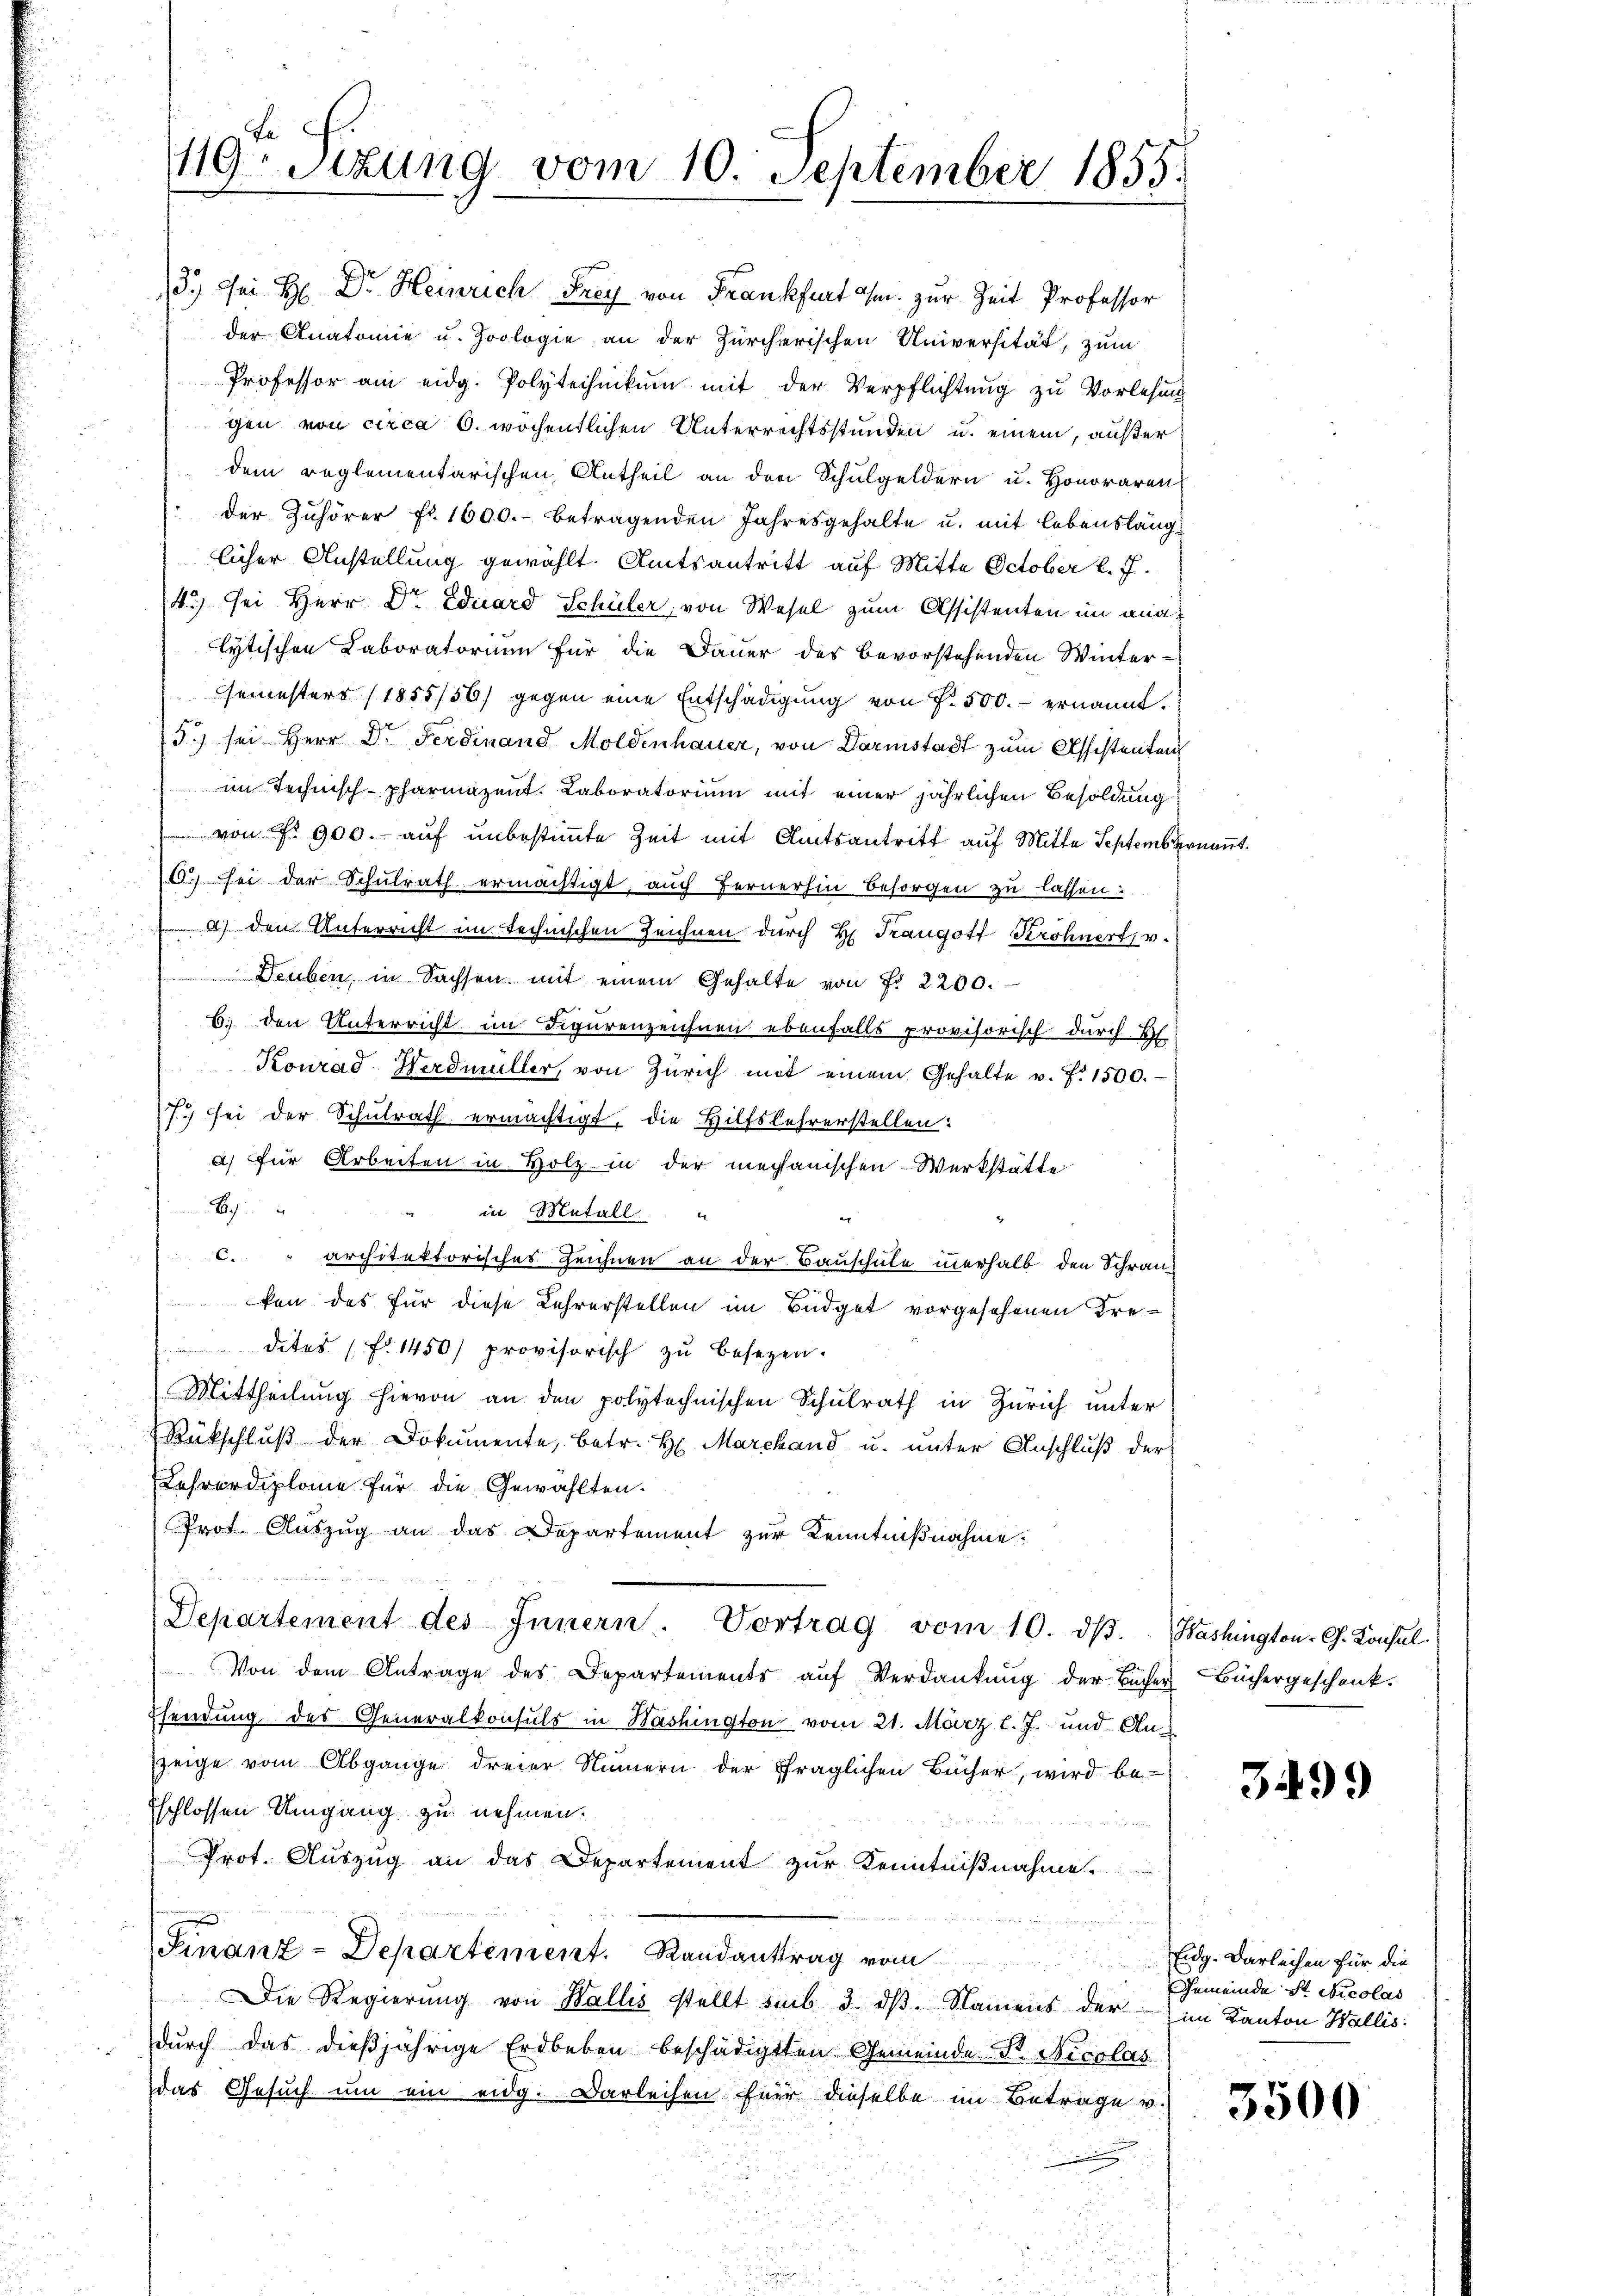
3.) Sei H. Dr. Heinrich Frey von Frankfurt ihm zur Zeit Professor
der Anatomie u. Zoologie an der Zürcherischen Universität, zum
Professor am eidg. Polytechnikum mit der Verpflichtung zu Vorlesung
gen von circa 6. wöchentlichen Unterrechtsstunden u. einem, außer
dem reglementarischen Antheil an den Schulgeldern u. Honoraren
der Zuhörer fl. 1600.- betragenden Jahresgehalte u. mit lebenslänglicher Anstellung gewählt. Amtsantritt auf Mitte October k. J.
43) sei Herr Dr. Eduard Schüler, von Wesel zum Assistenten im ana-
lytischen Laboratorium für die Dauer des bevorstehenden Winter-
Gemesters (1855/56/ gegen eine Entschädigŭng von f. 500.- ernannt.
5.) sei Herr Dr. Ferdinand Moldenhauer, von Darmstadt zum Assistenten
im Technisch-pharmazent. Laboratorium mit einer jährlichen Besoldung
von Fr. 900. auf unbestimmte Zeit mit Amtsantritt auf Mitte September
6. sei der Schulrath ermächtigt, auch Fernerhin besorgen zu lassen:
a) den Unterricht im technischen Zeichnen durch H. Traugott, Kröhnert, v.
Deuben, in Sachsen mit einem Gehalte von Fr. 2200.
6; den Unterricht im Figurenzeichnen ebenfalls provisorisch durch 2.
Konrad Werdmüller, von Zürich mit einem Gehalte v. 7. 1500.
7.) sei der Schulrath ermächtigt, die Hilfslehrerstellen:
a) für Arbeiten in Holz in der mechanischen Werkstätte
g
in Metall.
a
c." architektorisches Zeichnen an der Bauschule innerhalb den Schranken das für diese Lehrerstellen im Büdget vorgesehenen Kredites (fr. 1450 provisorisch zŭ besezen.
Mittheilung hievon an den polytechnischen Schulrath in Zürich unter
Rückschlŭβ der Dokumente, betr. H. Marchand u. unter Anschluß der
Lehrerdiplome für die Gewählten.
Prot. Auszug an das Departement zur Kenntnißnahme.
Departement des Innern. Vortrag vom 10. dβ. Washington - Ch. Konsul
 Von dem Antrage des Departements aŭf Verdankŭng der Bücher Büchergeschenk.
Esendung des Generalkonsuls in Washington vom 21. März l. J. und Anzeige vom Abgange dreier Numern der fraglichen Bücher, wird be-
Eschlossen Umgang zu nehmen.

Prot. Auszug an das Departement zur Kenntnißnahme.
Finanz-Departement. Randanttrag vom
Die Regierŭng von Wallis stellt sub 3. dβ. Namens der im Kanton Wallis:
durch das dießjährige Erdbeben beschädigten Gemeinde St. Nicolas
das Gesuch um ein eidg. Darleihen für dieselbe im Betrage v.

119. Sitzung vom 10. September 1855.

3499)

Eidg. Darleihen für die
Gemeinde St. Nicolas

3500